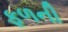
ફળની